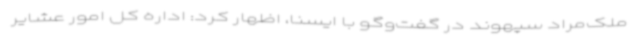
ملک‌مراد سپهوند در گفت‌وگو با ایسنا، اظهار کرد: اداره کل امور عشایر